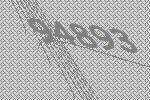
94893